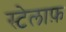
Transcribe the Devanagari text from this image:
स्टेलाफ़